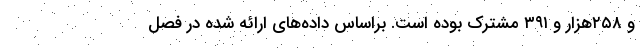
و ۲۵۸هزار و ۳۹۱ مشترک بوده است. براساس داده‌های ارائه شده در فصل‌